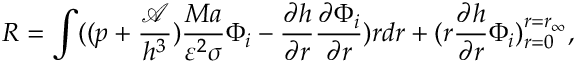
R = \int ( ( p + \frac { \mathcal { A } } { h ^ { 3 } } ) \frac { M a } { \varepsilon ^ { 2 } \sigma } \Phi _ { i } - \frac { \partial h } { \partial r } \frac { \partial \Phi _ { i } } { \partial r } ) r d r + ( r \frac { \partial h } { \partial r } \Phi _ { i } ) _ { r = 0 } ^ { r = r _ { \infty } } ,